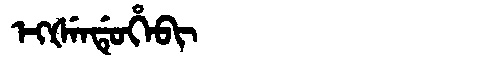
Manchu: ᡝᡴᡧᡝᠨᡩᡠᡥᡝᠪᡳ
Romanization: EKŠENDUHEBI